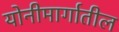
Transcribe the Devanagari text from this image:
योनीमार्गातील